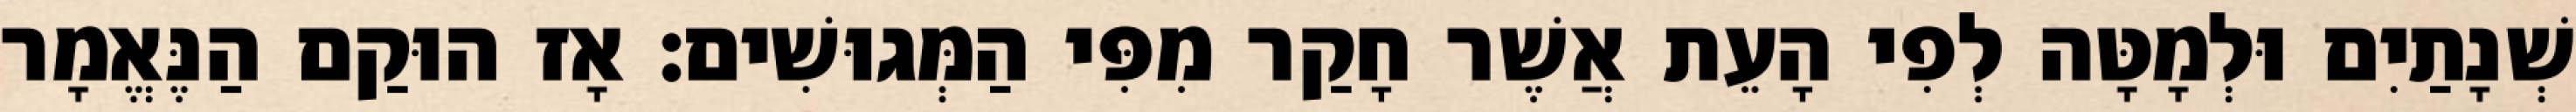
שְׁנָתַיִם וּלְמָטָּה לְפִי הָעֵת אֲשֶׁר חָקַר מִפִּי הַמְּגוּשִׁים׃ אָז הוּקַם הַנֶּאֱמָר